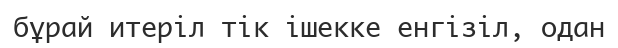
бұрай итеріл тік ішекке енгізіл, одан